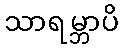
သာရမ္ဘာပိ